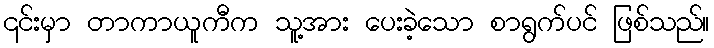
၎င်းမှာ တာကာယူကီက သူ့အား ပေးခဲ့သော စာရွက်ပင် ဖြစ်သည်။